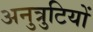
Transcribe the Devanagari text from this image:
अनुत्रुटियों